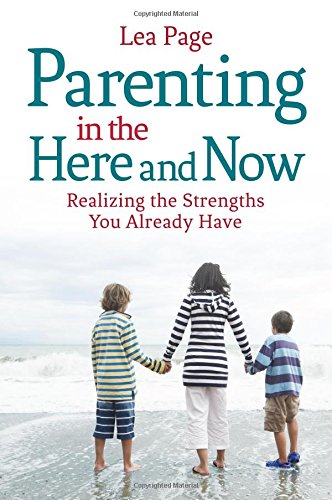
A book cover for Parenting in the Here and Now: Realizing the Strengths You Already Have; Lea Page; Parenting & Relationships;